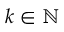
k \in \mathbb { N }